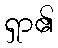
ရှာ၏